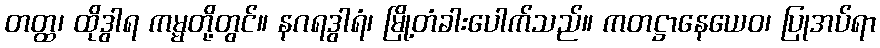
တတ္ထ၊ ထိုဒွါရ ကမ္မတို့တွင်။ နဂရဒွါရံ၊ မြို့တံခါးပေါက်သည်။ ကတဋ္ဌာနေယေဝ၊ ပြုအပ်ရာ